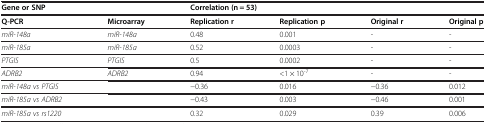
<table><thead><tr><td colspan="2"><b>Gene or SNP</b></td><td colspan="2"><b>Correlation (n = 53)</b></td><td><b> </b></td><td><b> </b></td></tr><tr><td><b>Q-PCR</b></td><td><b>Microarray</b></td><td><b>Replication r</b></td><td><b>Replication p</b></td><td><b>Original r</b></td><td><b>Original p</b></td></tr></thead><tbody><tr><td><i>miR-148a</i></td><td><i>miR-148a</i></td><td>0.48</td><td>0.001</td><td>-</td><td>-</td></tr><tr><td><i>miR-185a</i></td><td><i>miR-185a</i></td><td>0.52</td><td>0.0003</td><td>-</td><td>-</td></tr><tr><td><i>PTGIS</i></td><td><i>PTGIS</i></td><td>0.5</td><td>0.0002</td><td>-</td><td>-</td></tr><tr><td><i>ADRB2</i></td><td><i>ADRB2</i></td><td>0.94</td><td>&lt;1 × 10<sup>-7</sup></td><td>-</td><td>-</td></tr><tr><td><i>miR-148a vs PTGIS</i></td><td> </td><td>−0.36</td><td>0.016</td><td>−0.36</td><td>0.012</td></tr><tr><td><i>miR-185a vs ADRB2</i></td><td> </td><td>−0.43</td><td>0.003</td><td>−0.46</td><td>0.001</td></tr><tr><td><i>miR-185a vs rs1220</i></td><td> </td><td>0.32</td><td>0.029</td><td>0.39</td><td>0.006</td></tr></tbody></table>